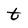
Character: t